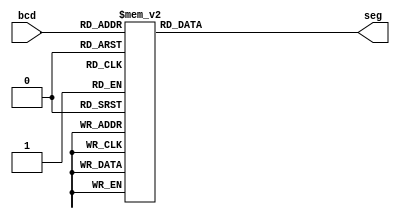
// This program was cloned from: https://github.com/matthewdelorenzo/CreativEval
// License: BSD 3-Clause "New" or "Revised" License

module top(bcd , seg);
input [3:0]bcd;
output [6:0]seg;

reg [6:0]seg;
always @( bcd )
begin
	case( bcd)
	4'b0000: seg=7'b1111110;
	4'b0001: seg=7'b0110000;
	4'b0010: seg=7'b1101101;
	4'b0011: seg=7'b1111001;
	4'b0100: seg=7'b0110011;
	4'b0101: seg=7'b1011011;
	4'b0110: seg=7'b1011111;
	4'b0111: seg=7'b1110000;
	4'b1000: seg=7'b1111111;
	4'b1001: seg=7'b1111011;
	default: seg=7'b0000000; 
	endcase
end

endmodule